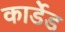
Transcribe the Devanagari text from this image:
कार्डेड